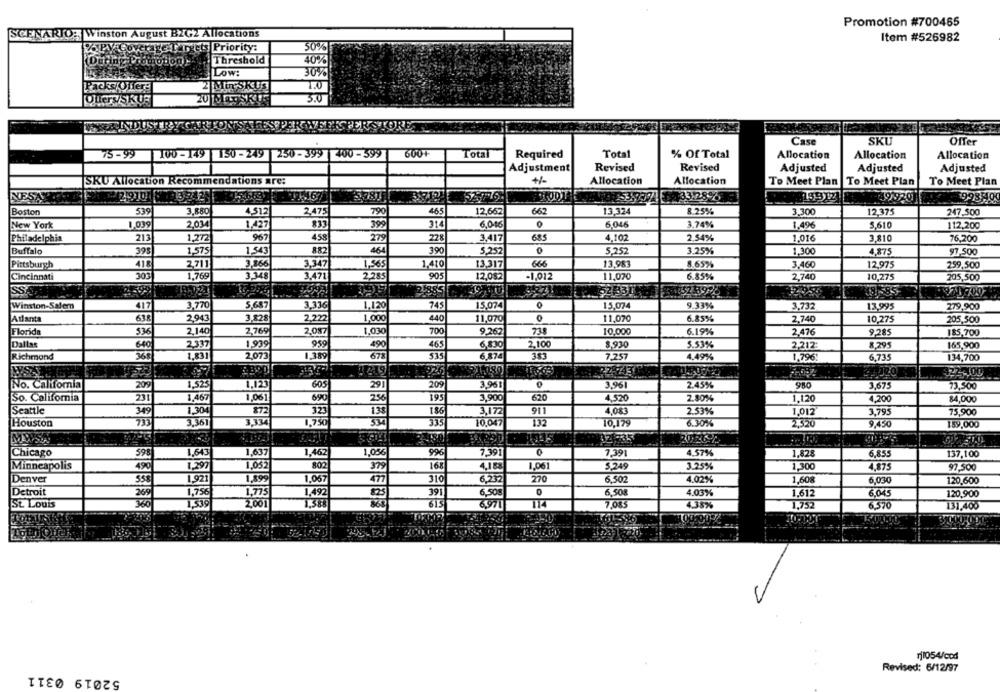
Promotion #700465
SCENARIO, Winston August B2G2 Allocations
Item #526982
%PV Coverage Targets Priority:
50%
Threshold
Duthe Promotion
40%
Low:
30%
PaeseOffers
2 MINSKUS
1.0
Ottery/SKO3
3.0
WEEKINDUSTRY
Case
SKU
Offer
75-99
100-149 150 -249 250 -399
1400-599
600+
Total
Required
Total
% Of Total
Allocation
Allocation
Allocation
Adjustment
Revised
Revised
Adjusted
Adjusted
Adjusted
+/-
SKU Allocation Recommendations are:
Allocation
Allocation
To Meet Plan
To Meet Plan
To Meet Plan
N
₩42 9301 87 13 2424
3.781
233.28%
49920 5
998500
Boston
539
3.880
4.512
790
465
12,662
662
13.324
8.25%
3.300
12,375
247.500
New York
1,039
2.034
1,427
833
399
314
6,046
6,046
3,74%
1.496
5,610
112,200
Philadelphia
211
1,272
967
458
279
22
3,417
685
4,102
2.54%
1.016
3,810
76,200
390
Buffalo
395
1,575
882
464
5,252
0
5,252
3.25%
1.300
4,875
97.500
1,410
666
8.65%
Pittsburgh
418
COC
2,711
3,866
3,347
1,565
13.317
13,983
3,460
12,975
259,500
Cincinnati
1,769
3.348
3.471
2,28
905
12,0$2
-1,012
11,070
6.85%
2,740
10,275
205,500
SS
21885
2319
Winston-Salem
3,770
5,687
3,336
745
15.074
15.074
9.33%
3.732
417
1,120
13.995
279,900
Atlanta
2.943
3,128
2,222
1,000
440
11,070
11,070
6.85%
2.740
63
10,275
205,500
Florida
536
2,140
2,769
2.087
1,030
70
9,262
738
10,000
6.19%
2.476
9,285
185.700
Dallas
640
2.337
1,939
959
465
6,830
2,100
8.930
5.53%
2,212:
8,295
165,900
Richmond
2,831
2,073
335
6.874
383
7.257
4.49%
1,796
6,735
134,700
1 219
922-100
No. California
209
1,523
1,123
605
291
20%
3.961
3,96
2.45%
3,675
73,500
So. California
23
1,467
1,06 ]
690
230
195
3,900
620
4.520
2.80%
1,120
4,200
84,000
Seattle
349
1,304
872
32
130
186
3,172
911
4,083
2.53%
1,012
3.795
75,900
3,361
3,334
1,750
334
Houston
733
335
10,047
132
6.30%
2,520
9,450
189,000
MWST
32635
Chicago
59€
1,643
1,637
1,462
1,056
996
7.391
0
7,391
4.57%
1.828
6,855
137,100
Minneapolis
490
1,297
1,052
802
16
1,061
5.249
3.25%
1,300
4.875
97,500
6.237
270
Denver
1,921
1,89
1,0%
477
310
6.502
4.02%
1,608
6,030
120,600
6.508
4.03%
Detroit
269
1,756
I,ns
1,492
39
6.50g
0
1.612
6.045
120,900
St. Louis
360
613
114
7,085
4.38%
1,752
6,570
131.400
rj1054/cod
52019 0311
Revised: 6/12/97